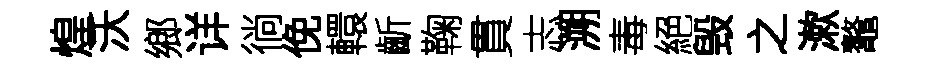
煌沃鄉详徜俛轘齗鞠貫志溯毒絕毁之漱鼇